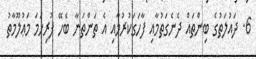
6. ދައުލަތުގެ ބިންތައް ދެނެގަތުމާއި ފާހަގަކުރުމާއި އެ ތަންތަނާ ބެހޭ ފުރިހަމަ މަޢުލޫމާތު